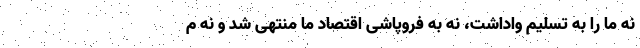
نه ما را به تسلیم واداشت، نه به فروپاشی اقتصاد ما منتهی شد و نه م